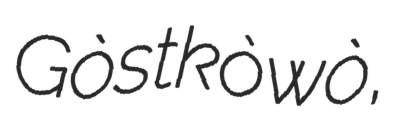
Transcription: Gòstkòwò,